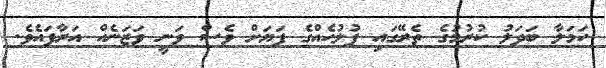
ހަމަލާ ބަދަލު ކުރުމުގެ ތެރޭގައި ފުލުހެއްގެ ފަޔަށް ވެސް ވަނީ ވަޒަނެއް އަރާފައެވެ.